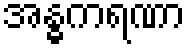
အန္ဓကရဏာ